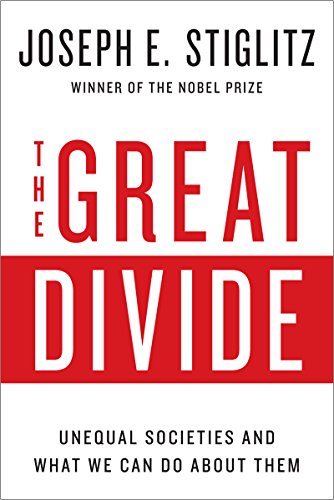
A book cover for The Great Divide: Unequal Societies and What We Can Do About Them; Joseph E. Stiglitz; Business & Money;